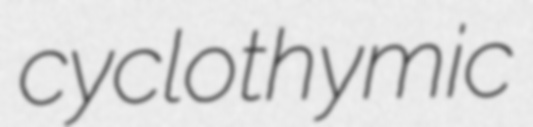
cyclothymic